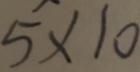
5 \times 1 0